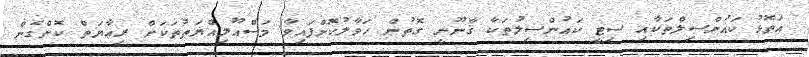
އަތޮޅު ކައުންސިލްތަކާއި ސިޓީ ކައުންސިލުތަކާ ޤާނޫނީ ގޮތުން ހަވާލުކޮށްފައިވާ މަސްއޫލިއްޔަތުތަކަށް ރިޢާޔަތް ކޮށްގެން